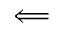
\Longleftarrow